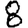
Digit: 8